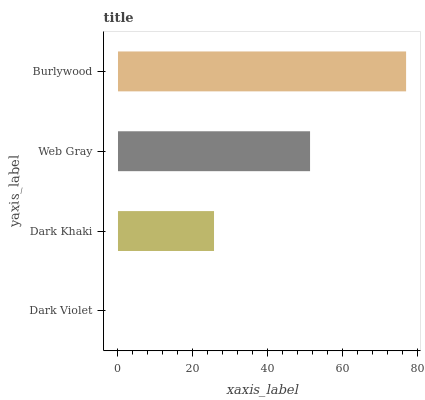
| yaxis_label | bars |
 | --- | --- |
 | Dark Violet | 0 |
 | Dark Khaki | 25.7 |
 | Web Gray | 51.3 |
 | Burlywood | 77 |